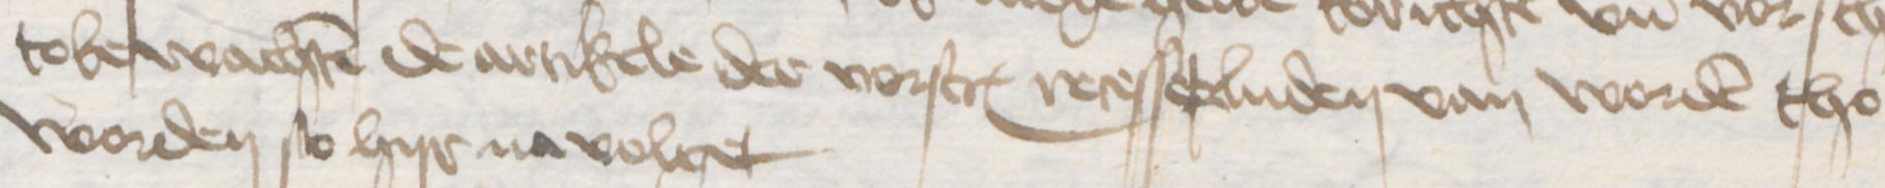
Transcription: tobewachten de artikele der vorscreuen recesserluden van worden tho